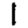
Digit: 1